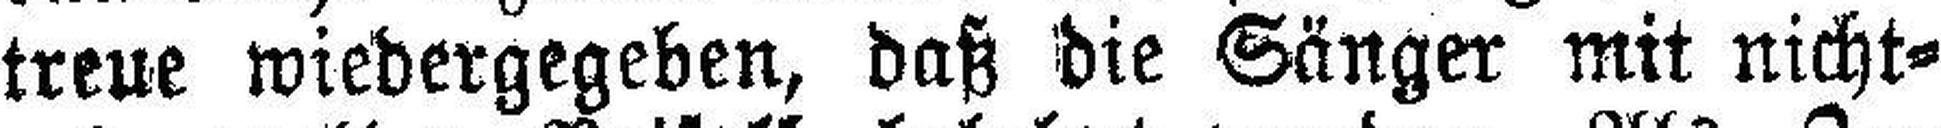
treue wiedergegeben, daß die Sänger mit nicht¬